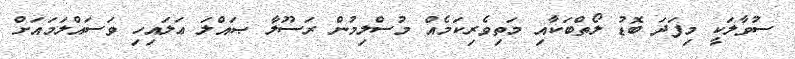
ސުވާލަކީ މިފަދަ ބޮޑު ލޯތްބަކާއި މަތިވެރިކަމެއް މުސްލިމުން ރަސޫލާ ޞައްލަ ޢަލައިހި ވަސައްލަަމައަށް